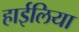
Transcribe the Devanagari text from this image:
हाईलिया